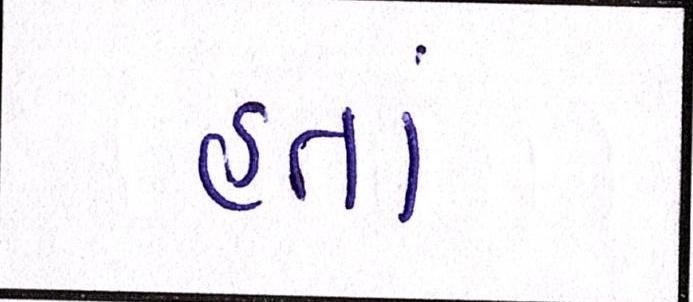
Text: હતાં